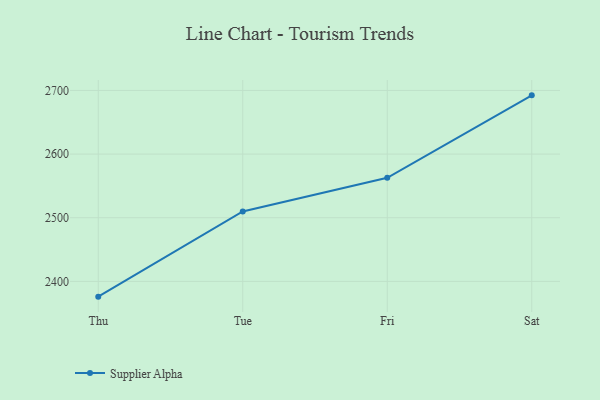
{"axis": {"x": "Day", "y": "Customer Acquisition Cost (USD)"}, "legend": ["Supplier Alpha"], "data": [{"x": "Thu", "y": 2376.0, "type": "Supplier Alpha"}, {"x": "Tue", "y": 2509.9, "type": "Supplier Alpha"}, {"x": "Fri", "y": 2562.8, "type": "Supplier Alpha"}, {"x": "Sat", "y": 2692.3, "type": "Supplier Alpha"}]}